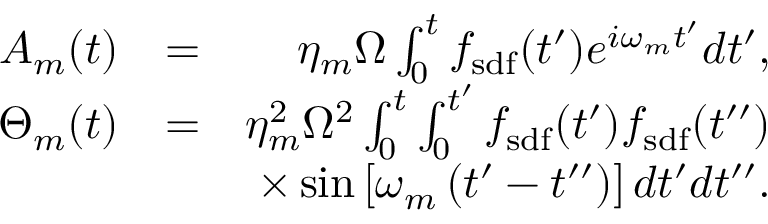
\begin{array} { r l r } { A _ { m } ( t ) } & { = } & { \eta _ { m } \Omega \int _ { 0 } ^ { t } f _ { \mathrm { s d f } } ( t ^ { \prime } ) e ^ { i \omega _ { m } t ^ { \prime } } d t ^ { \prime } , } \\ { \Theta _ { m } ( t ) } & { = } & { \eta _ { m } ^ { 2 } \Omega ^ { 2 } \int _ { 0 } ^ { t } \int _ { 0 } ^ { t ^ { \prime } } f _ { \mathrm { s d f } } ( t ^ { \prime } ) f _ { \mathrm { s d f } } ( t ^ { \prime \prime } ) } \\ & { } & { \times \sin \left[ \omega _ { m } \left( t ^ { \prime } - t ^ { \prime \prime } \right) \right] d t ^ { \prime } d t ^ { \prime \prime } . } \end{array}